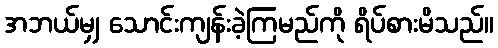
အဘယ်မျှ သောင်းကျန်းခဲ့ကြမည်ကို ရိပ်စားမိသည်။